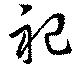
祀